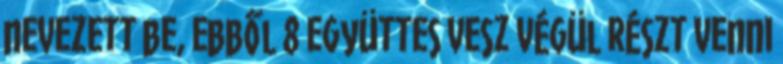
nevezett be, ebből 8 együttes vesz végül részt venni